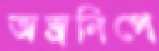
অস্ত্রনিপে